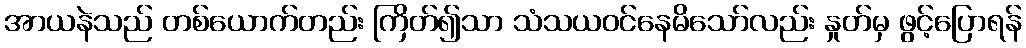
အာယနဲသည် တစ်ယောက်တည်း ကြိတ်၍သာ သံသယဝင်နေမိသော်လည်း နှုတ်မှ ဖွင့်ပြောရန်